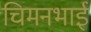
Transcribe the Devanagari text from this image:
चिमनभाई